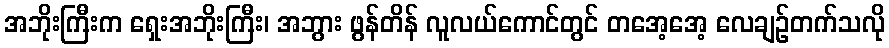
အဘိုးကြီးက ရှေးအဘိုးကြီး၊ အဘွား ဖွန်တိန် လူလယ်ကောင်တွင် တအေ့အေ့ လေချဉ်တက်သလို